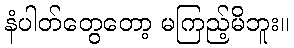
နံပါတ်တွေတော့ မကြည့်မိဘူး။